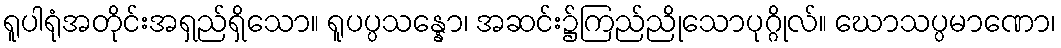
ရူပါရုံအတိုင်းအရှည်ရှိသော။ ရူပပ္ပသန္နော၊ အဆင်း၌ကြည်ညိုသောပုဂ္ဂိုလ်။ ဃောသပ္ပမာဏော၊